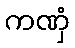
ကဏှံ